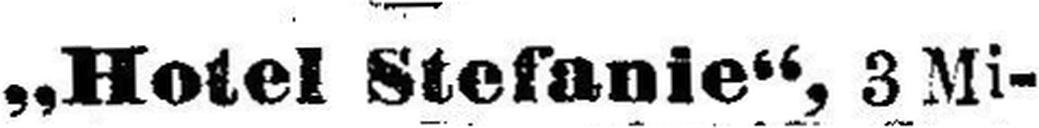
„Hotel Stefanie“, 3 Mi¬